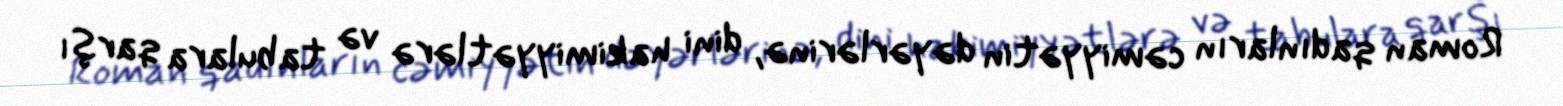
Roman qadınların cəmiyyətin dəyərlərinə, dini hakimiyyətlərə və tabulara qarşı